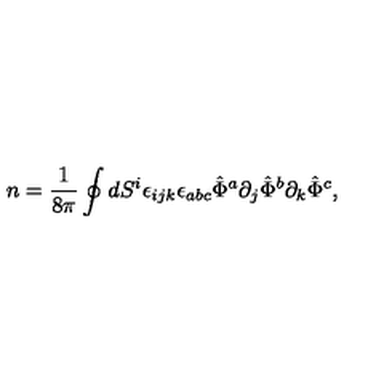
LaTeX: n = \frac { 1 } { 8 \pi } \oint d S ^ { i } \epsilon _ { i j k } \epsilon _ { a b c } \hat { \Phi } ^ { a } \partial _ { j } \hat { \Phi } ^ { b } \partial _ { k } \hat { \Phi } ^ { c } ,